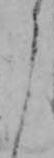
う